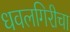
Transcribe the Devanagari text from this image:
धवलगिरीचा